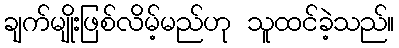
ချက်မျိုးဖြစ်လိမ့်မည်ဟု သူထင်ခဲ့သည်။